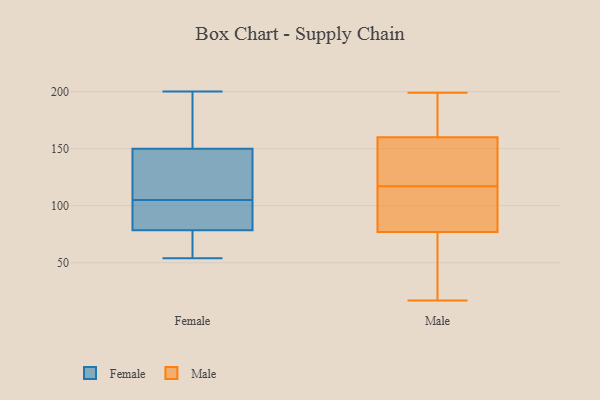
{"axis": {"x": "Demand Index", "y": "Value"}, "legend": ["Female", "Male"], "data": [{"x": "", "y": 54, "type": "Female"}, {"x": "", "y": 200, "type": "Female"}, {"x": "", "y": 91, "type": "Female"}, {"x": "", "y": 144, "type": "Female"}, {"x": "", "y": 77, "type": "Female"}, {"x": "", "y": 83, "type": "Female"}, {"x": "", "y": 74, "type": "Female"}, {"x": "", "y": 130, "type": "Female"}, {"x": "", "y": 162, "type": "Female"}, {"x": "", "y": 105, "type": "Female"}, {"x": "", "y": 152, "type": "Female"}, {"x": "", "y": 160, "type": "Male"}, {"x": "", "y": 195, "type": "Male"}, {"x": "", "y": 125, "type": "Male"}, {"x": "", "y": 89, "type": "Male"}, {"x": "", "y": 20, "type": "Male"}, {"x": "", "y": 178, "type": "Male"}, {"x": "", "y": 77, "type": "Male"}, {"x": "", "y": 101, "type": "Male"}, {"x": "", "y": 199, "type": "Male"}, {"x": "", "y": 125, "type": "Male"}, {"x": "", "y": 155, "type": "Male"}, {"x": "", "y": 17, "type": "Male"}, {"x": "", "y": 24, "type": "Male"}, {"x": "", "y": 77, "type": "Male"}, {"x": "", "y": 138, "type": "Male"}, {"x": "", "y": 178, "type": "Male"}, {"x": "", "y": 93, "type": "Male"}, {"x": "", "y": 109, "type": "Male"}]}